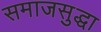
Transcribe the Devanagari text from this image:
समाजसुद्धा